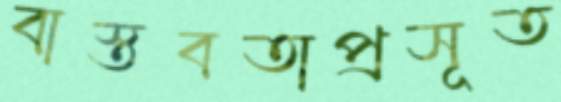
বাস্তবতাপ্রসূত